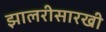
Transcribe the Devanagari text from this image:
झालरीसारखी